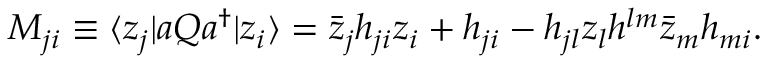
M _ { j i } \equiv \langle z _ { j } | a Q a ^ { \dagger } | z _ { i } \rangle = \bar { z } _ { j } h _ { j i } z _ { i } + h _ { j i } - h _ { j l } z _ { l } h ^ { l m } \bar { z } _ { m } h _ { m i } .